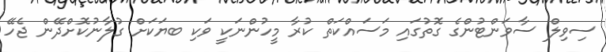
ސިވިލް ސާވަންޓުންގެ ގޮތުގައި މަސައްކަތް ކުރާ މީހުންނަކީ ވަކި ބޔަަކަށް ގުލާނުކޮށްދޭން ޖެހޭ